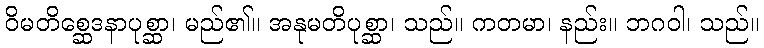
ဝိမတိစ္ဆေဒနာပုစ္ဆာ၊ မည်၏။ အနုမတိပုစ္ဆာ၊ သည်။ ကတမာ၊ နည်း။ ဘဂဝါ၊ သည်။